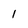
Character: 1